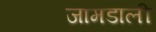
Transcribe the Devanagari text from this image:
जामडाली